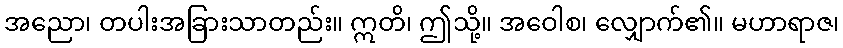
အညော၊ တပါးအခြားသာတည်း။ ဣတိ၊ ဤသို့။ အဝေါစ၊ လျှောက်၏။ မဟာရာဇ၊